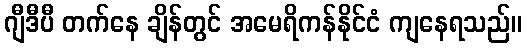
ဂျီဒီပီ တက်နေ ချိန်တွင် အမေရိကန်နိုင်ငံ ကျနေရသည်။